Calcutta medical institutions reports 1879-81 [i.e.91]
Year: 1879
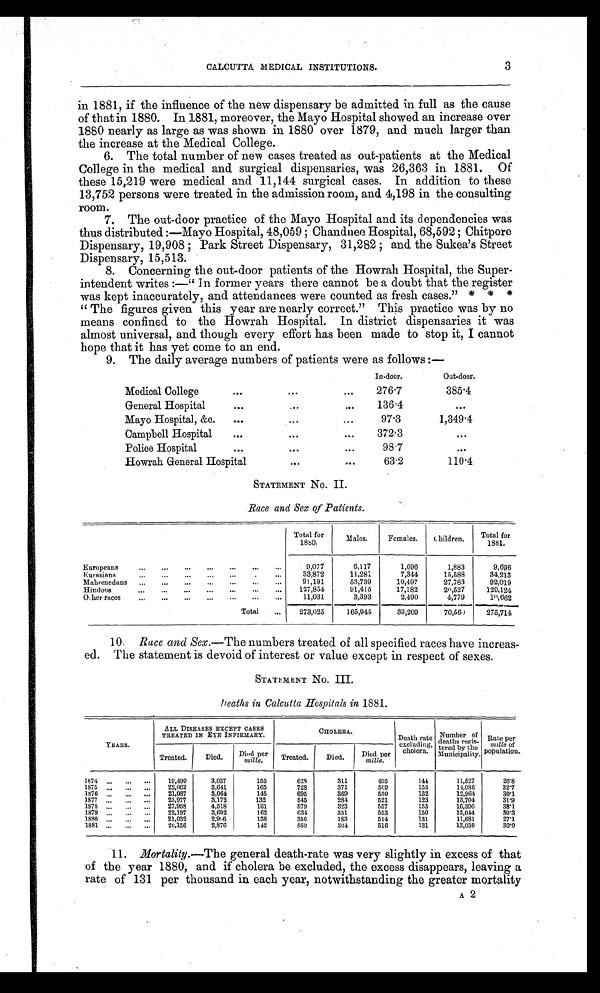
CALCUTTA MEDICAL INSTITUTIONS.
3
in 1881, if the influence of the new dispensary be admitted in full as the cause
of that in 1880. In 1881, moreover, the Mayo Hospital showed an increase over
1880 nearly as large as was shown in 1880 over 1879, and much larger than
the increase at the Medical College.
6. The total number of new cases treated as out-patients at the Medical
College in the medical and surgical dispensaries, was 26,363 in 1881. Of
these 15,219 were medical and 11,144 surgical cases. In addition to these
13,752 persons were treated in the admission room, and 4,198 in the consulting
room.
7. The out-door practice of the Mayo Hospital and its dependencies was
thus distributed:—Mayo Hospital, 48,059; Chandnee Hospital, 68,592; Chitpore
Di spensary, 19, 908; Park St reet Di spensary, 31, 282; and t he Sukea' s St reet
Dispensary, 15,513.
8. Concerning the out-door patients of the Howrah Hospital, the Super
-intendent writes:— "In former years there cannot be a doubt that the register
was kept inaccurately, and attendances were counted as fresh cases." * * *
"The figures given this year are nearly correct." This practice was by no
means confined to the Howrah Hospital. In district dispensaries it was
almost universal, and though every effort has been made to stop it, I cannot
hope that it has yet come to an end.
9. The daily average numbers of patients were as follows:—
In-door.
Out-door.
Medical College
276.7
385.4
General Hospital
136.4
...
Mayo Hospital, &c.
97.3
1,349.4
Campbell Hospital
372.3
...
Police Hospital
98.7
...
Howrah General Hospital
63.2
110.4
STATEMENT No. II.
_Race and Sex of Patients.
Total for
1880.
Males.
Females.
Children.
Total for
1881.
Europeans
9,077
6,117
1,696
1,883
9,696
Eurasians
33,872
11,281
7,344
15,588
34,213
Mahomedans
91,191
53,739
10,497
27,783
92,019
Hindoos
127,854
91,415
17,182
20,527
129,124
other races
11,031
3,393
2,490
4,779
10,662
Total
273,025
165,945
39,209 70,560
275,714
10. Race and Sex .—The numbers treated of all specified races have increas
-ed. The statement is devoid of interest or value except in respect of sexes.
STATEMENT No. III.
Deaths in Calcutta Hospitals in 1881.
YEARS.
ALL DISEASES EXCEPT CASES
TREATED IN EYE INFIRMARY.
CHOLERA.
Death rate
excluding,
cholera.
Number of
deaths regis-
tered by the
Municipality.
Rate per
mille of
population.
Treated.
Died.
Died per
mille.
Treated.
Died.
Died per
mille.
1874
19,490
3,037
155
628
311
495
144
11,527
26.8
1875
22,062
3,641
165
728
371
509
153
14,086
32.7
1876
21,087
3,064
145
695
369
530
132
12,964
30.1
1877
23,977
3,172
132
545
284
521
123
13,704
31.9
1878
27,908
4,518
161
579
323
557
153
16,396
38.1
1879
22,197
3,602
162
634
351
553
150
13,044
30.3
1880
21,032
2,906
138
356
183
514
131
11,681
27.1
1881
20,156
2,876
142
589
304
516
131
13,030
30.0
11. Mortality.—The general death-rate was very slightly in excess of that
of the year 1880, and if cholera be excluded, the excess disappears, leaving a
rate of 131 per thousand in each year, notwithstanding the greater mortality